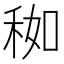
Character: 𥞚